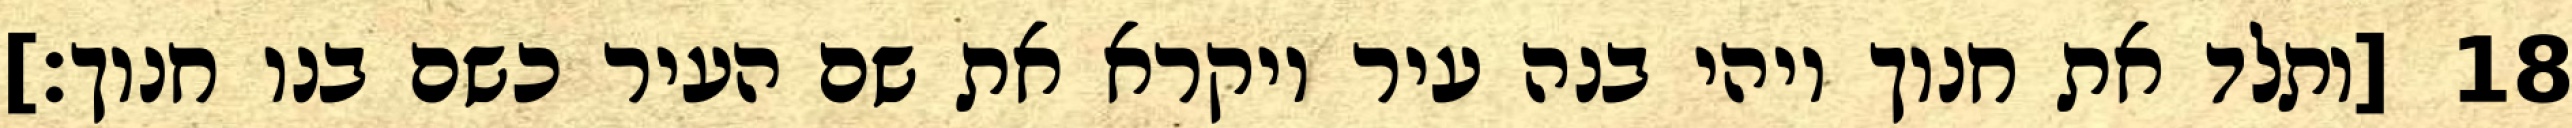
[ותלד את חנוך ויהי בנה עיר ויקרא את שם העיר כשם בנו חנוך׃] ‎18‏